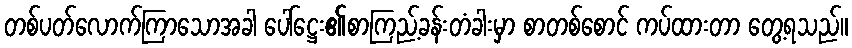
တစ်ပတ်လောက်ကြာသောအခါ ပေါ်ဋ္ဌေး၏စာကြည့်ခန်းတံခါးမှာ စာတစ်စောင် ကပ်ထားတာ တွေ့ရသည်။